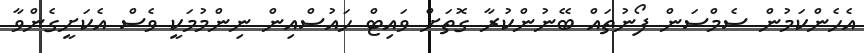
އެހެންކަމުން ސެމްސަން ފޯނުތައް ބޭނުންކުރާ ގޮތަށް ވައިޓް ހައުސްއިން ނިންމުމަކީ ވެސް އެކަށީގެންވާ